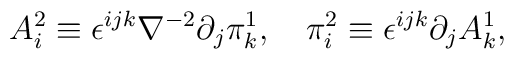
A_i^{2} \equiv \epsilon^{ijk}\nabla ^{-2}\partial_j \pi_k^{1}, \quad \pi_i^2 \equiv \epsilon^{ijk}\partial_j A_k^{1},